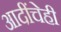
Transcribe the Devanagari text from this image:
आदींचेही